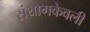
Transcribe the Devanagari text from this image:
संयोगकेवली